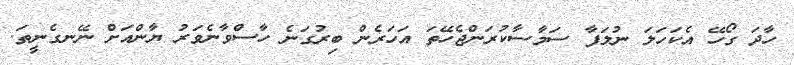
ހާދަ ގޯހޭ އެކަހަލަ ނުލަފާ ސަމާސާކުރަންޖެހޭތަ އަހަރެން ބިރުގަނެ ހާސްވާނެވަރު ޔާންއަށް ނޭނގެނީތަ.